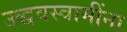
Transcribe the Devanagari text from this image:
उद्धवस्वामींना